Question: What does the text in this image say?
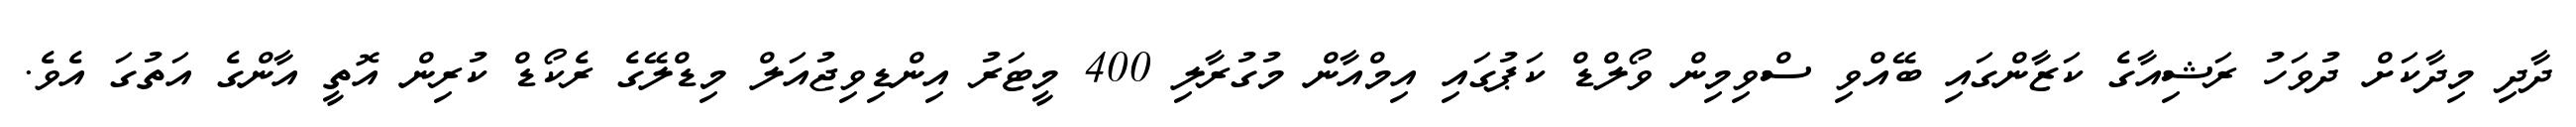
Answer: ދާދި މިދާކަށް ދުވަހު ރަޝިއާގެ ކަޒާންގައި ބޭއްވި ސްވިމިން ވޯލްޑް ކަޕުގައި އިމްއާން މުގުރާލި 400 މީޓަރު އިންޑިވިޖުއަލް މިޑްލޭގެ ރެކޯޑް ކުރިން އޮތީ އާންގެ އަތުގަ އެވެ.